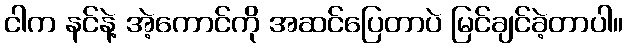
ငါက နင်နဲ့ အဲ့ကောင်ကို အဆင်ပြေတာပဲ မြင်ချင်ခဲ့တာပါ။